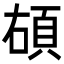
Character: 𩑲